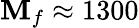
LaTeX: \mathbf{M}_{f}\approx1300